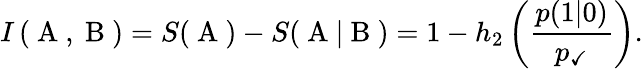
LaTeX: I\left(\mathrm{~A~},\mathrm{~B~}\right)=S(\mathrm{~A~})-S(\mathrm{~A~}|\mathrm{~B~})=1-h_{2}\left(\frac{p(1|0)}{p_{\checkmark}}\right).